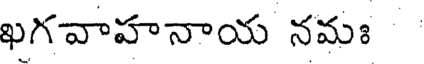
ఖగవాహనాయ నమః